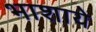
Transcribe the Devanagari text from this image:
भाशाये